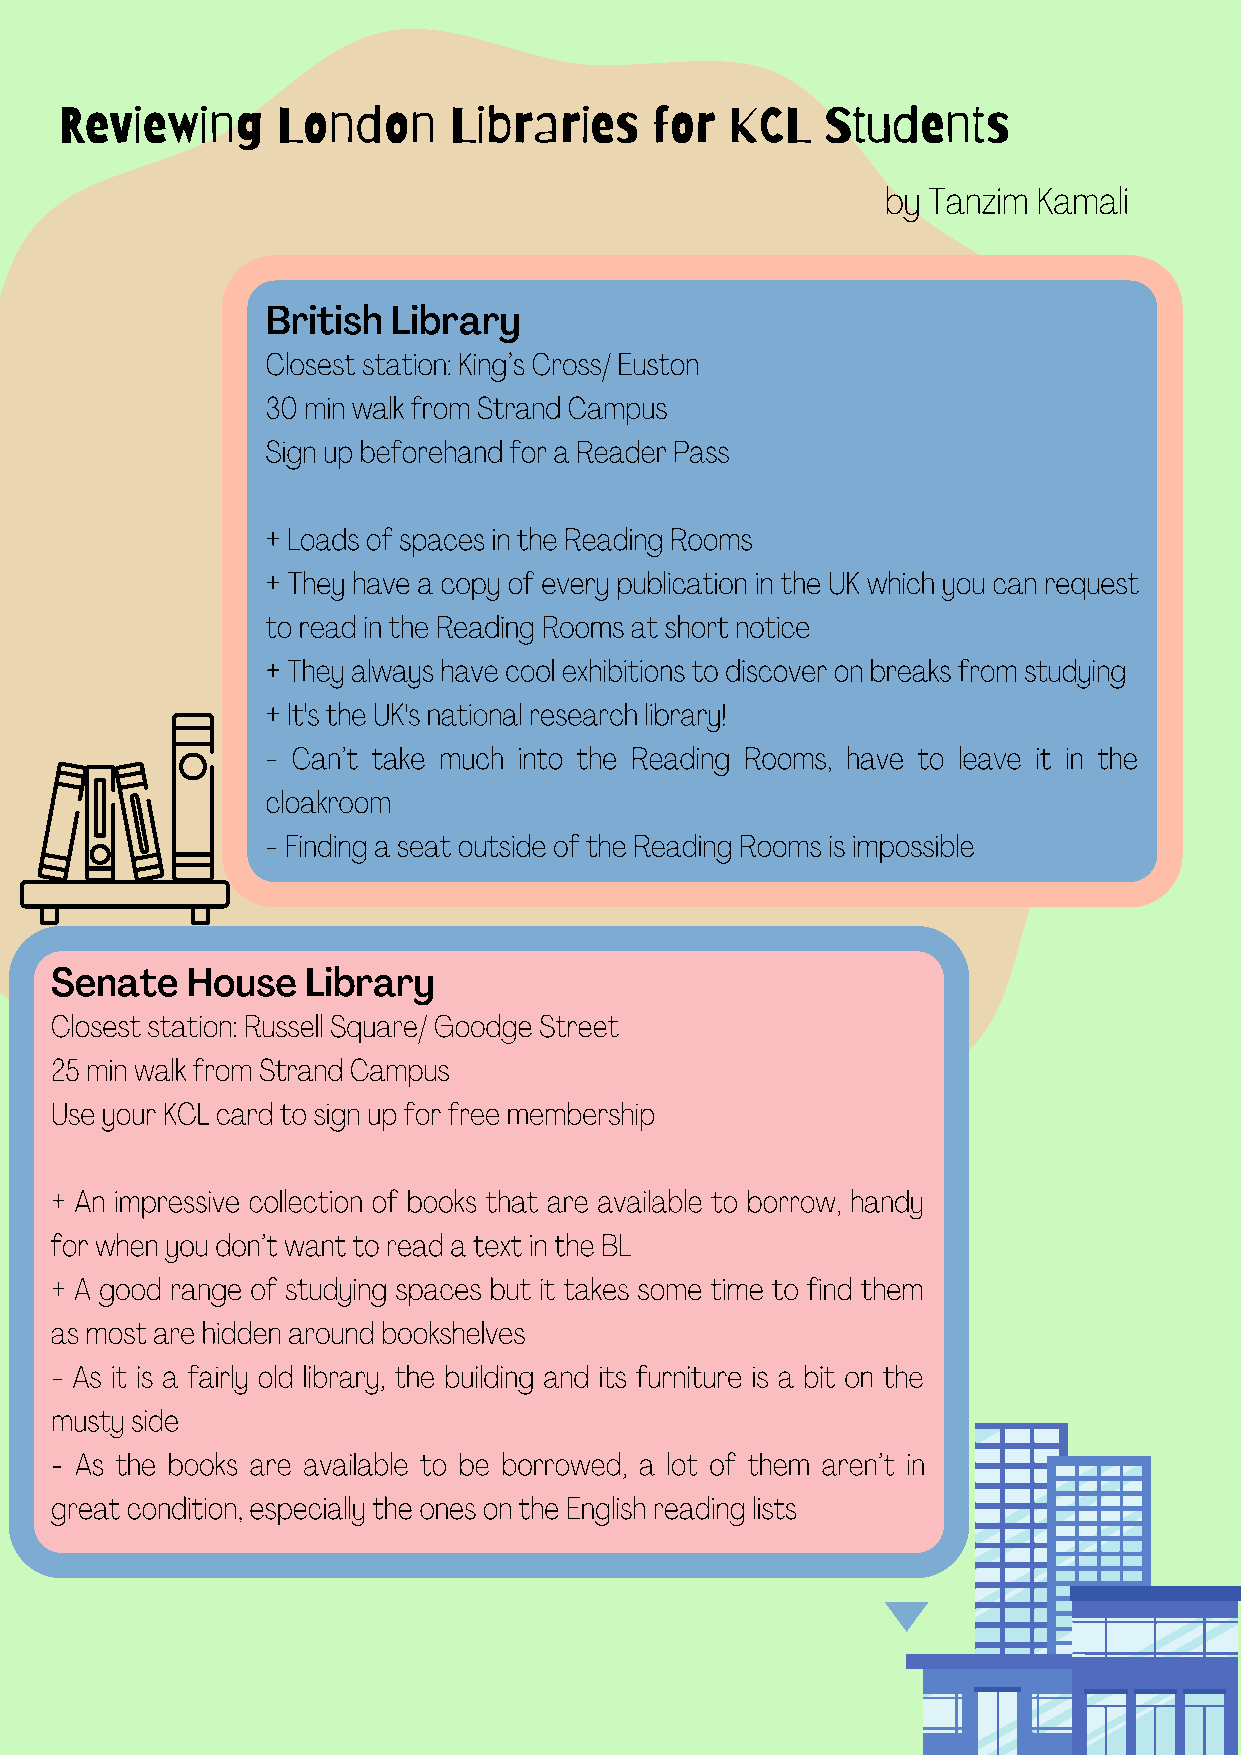
Reviewing     London      Libraries    for  KCL    Students
 by Tanzim Kamali
 British Library
 Closest station: King’s Cross/ Euston
 30 min walk from Strand Campus
 Sign up beforehand for a Reader Pass
 + Loads of spaces in the Reading Rooms
 + They have a copy of every publication in the UK which you can request
 to read in the Reading Rooms at short notice
 + They always have cool exhibitions to discover on breaks from studying
 + It's the UK's national research library!
 - Can’t take much into the Reading Rooms, have to leave it in the
 cloakroom
 - Finding a seat outside of the Reading Rooms is impossible
 Senate   House   Library
 Closest station: Russell Square/ Goodge Street
 25 min walk from Strand Campus
 Use your KCL card to sign up for free membership
 + An impressive collection of books that are available to borrow, handy
 for when you don’t want to read a text in the BL
 + A good range of studying spaces but it takes some time to find them
 as most are hidden around bookshelves
 - As it is a fairly old library, the building and its furniture is a bit on the
 musty side
 - As the books are available to be borrowed, a lot of them aren’t in
 great condition, especially the ones on the English reading lists